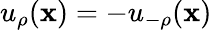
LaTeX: u_{\rho}(\boldsymbol{\mathbf{x}})=-u_{-\rho}(\boldsymbol{\mathbf{x}})